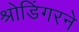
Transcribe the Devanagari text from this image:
श्रोडिंगरने